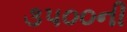
૩૫૦૦ની